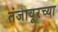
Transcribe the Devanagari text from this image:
तंजावूरच्या